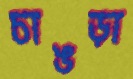
চাঙড়া